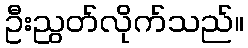
ဦးညွတ်လိုက်သည်။